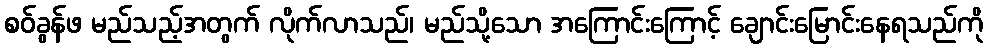
စဝ်ခွန်ဖ မည်သည့်အတွက် လိုက်လာသည်၊ မည်သို့သော အကြောင်းကြောင့် ချောင်းမြောင်းနေရသည်ကို